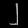
Digit: ၂